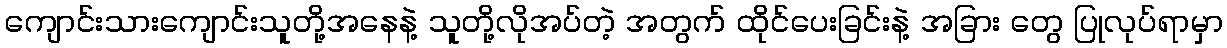
ကျောင်းသားကျောင်းသူတို့အနေနဲ့ သူတို့လိုအပ်တဲ့ အတွက် ထိုင်ပေးခြင်းနဲ့ အခြား တွေ ပြုလုပ်ရာမှာ